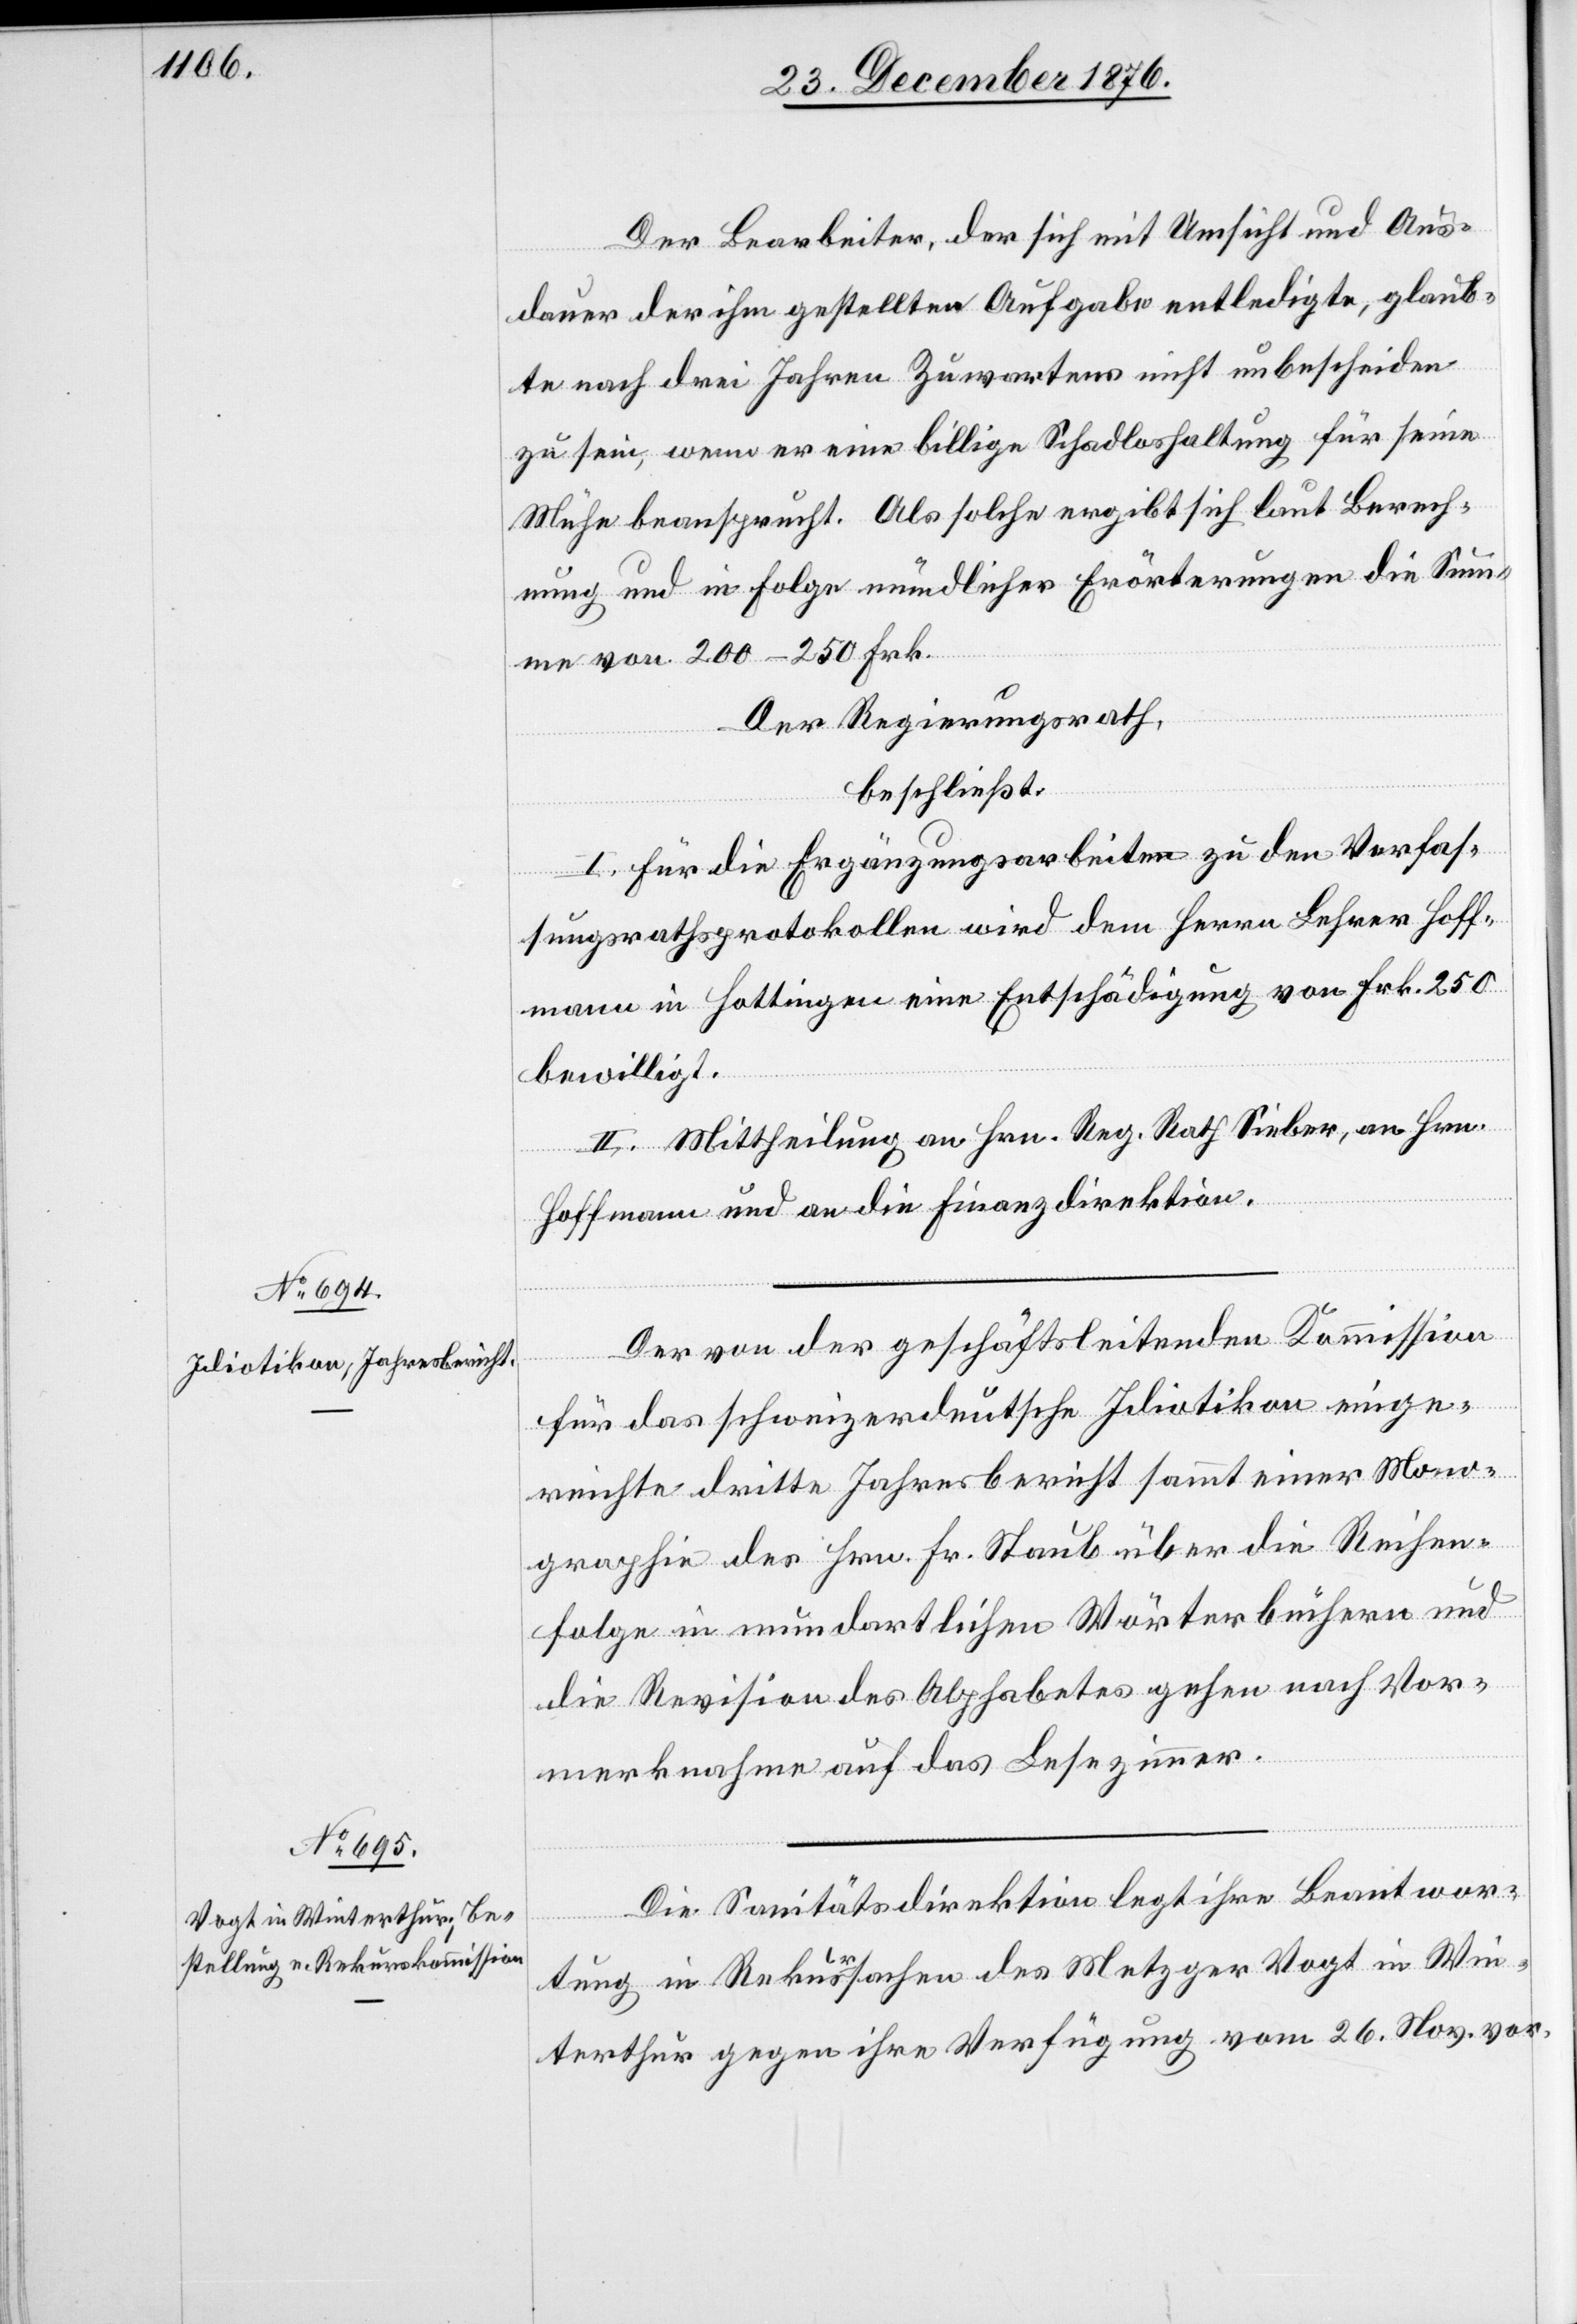
Der Bearbeiter, der sich mit Umsicht und Aus¬
dauer der ihm gestellten Aufgabe entledigte, glaub¬
te nach drei Jahren Zuwartens nicht unbescheiden
zu sein, wenn er eine billige Schadloshaltung für seine
Mühe beansprucht. Als solche ergibt sich laut Berech¬
nung und in Folge mündlicher Erörterungen die Sum¬
me von 200–250 Frk.
Der Regierungsrath,
beschließt:
I. Für die Ergänzungsarbeiten zu den Verfas¬
sungsrathsprotokollen wird dem Herrn Lehrer Hoff¬
mann in Hottingen eine Entschädigung von Frk. 250
bewilligt.
II. Mittheilung an Hrn. Reg. Rath Sieber, an Hrn.
Hoffmann und die Finanzdirektion.
Der von der geschäftsleitenden Kommission
für das schweizerdeutsche Idiotikon einge¬
reichte dritte Jahresbericht sammt einer Mono¬
graphie des Hrn. Fr. Straub über die Reihen¬
folge in mundartlichen Wörterbüchern und
die Revision des Alphabetes gehen nach Vor¬
merknahme auf das Lesezimmer.
Die Sanitätsdirektion legt ihre Beantwor¬
tung in Rekurssachen des Metzger Vogt in Win¬
terthur gegen ihre Verfügung vom 26. Nov. vor.